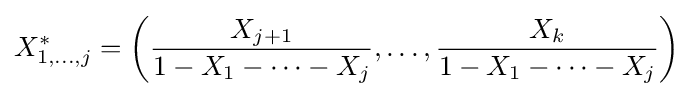
X_{1,\ldots ,j}^{*}=\left({\frac {X_{j+1}}{1-X_{1}-\cdots -X_{j}}},\ldots ,{\frac {X_{k}}{1-X_{1}-\cdots -X_{j}}}\right)